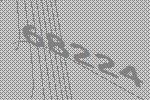
68224